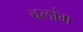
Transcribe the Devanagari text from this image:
चलांग